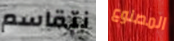
نتقاسم المصنوع